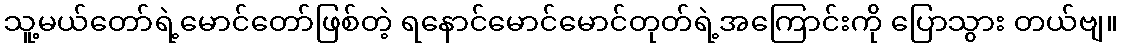
သူ့မယ်တော်ရဲ့မောင်တော်ဖြစ်တဲ့ ရနောင်မောင်မောင်တုတ်ရဲ့အကြောင်းကို ပြောသွား တယ်ဗျ။